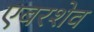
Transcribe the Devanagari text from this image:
एबरशेव